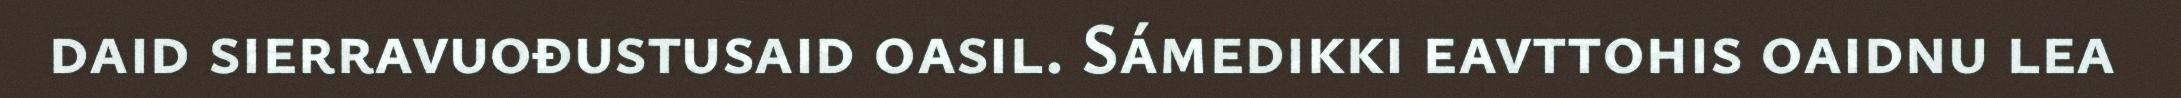
daid sierravuođustusaid oasil. Sámedikki eavttohis oaidnu lea